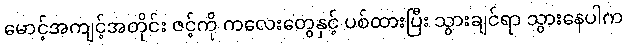
မောင့်အကျင့်အတိုင်း ဇင့်ကို ကလေးတွေနှင့် ပစ်ထားပြီး သွားချင်ရာ သွားနေပါက